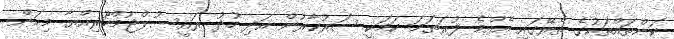
ކަންތައްތަކުގެ ތެރޭގައި އެއްމެ ފުރަތަމަ ކަމަކީ ސަރުކާރުން އަދި ހުދު ރައީސުލްޖުމްހޫރިއްޔާ މިކަން